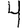
Digit: 4